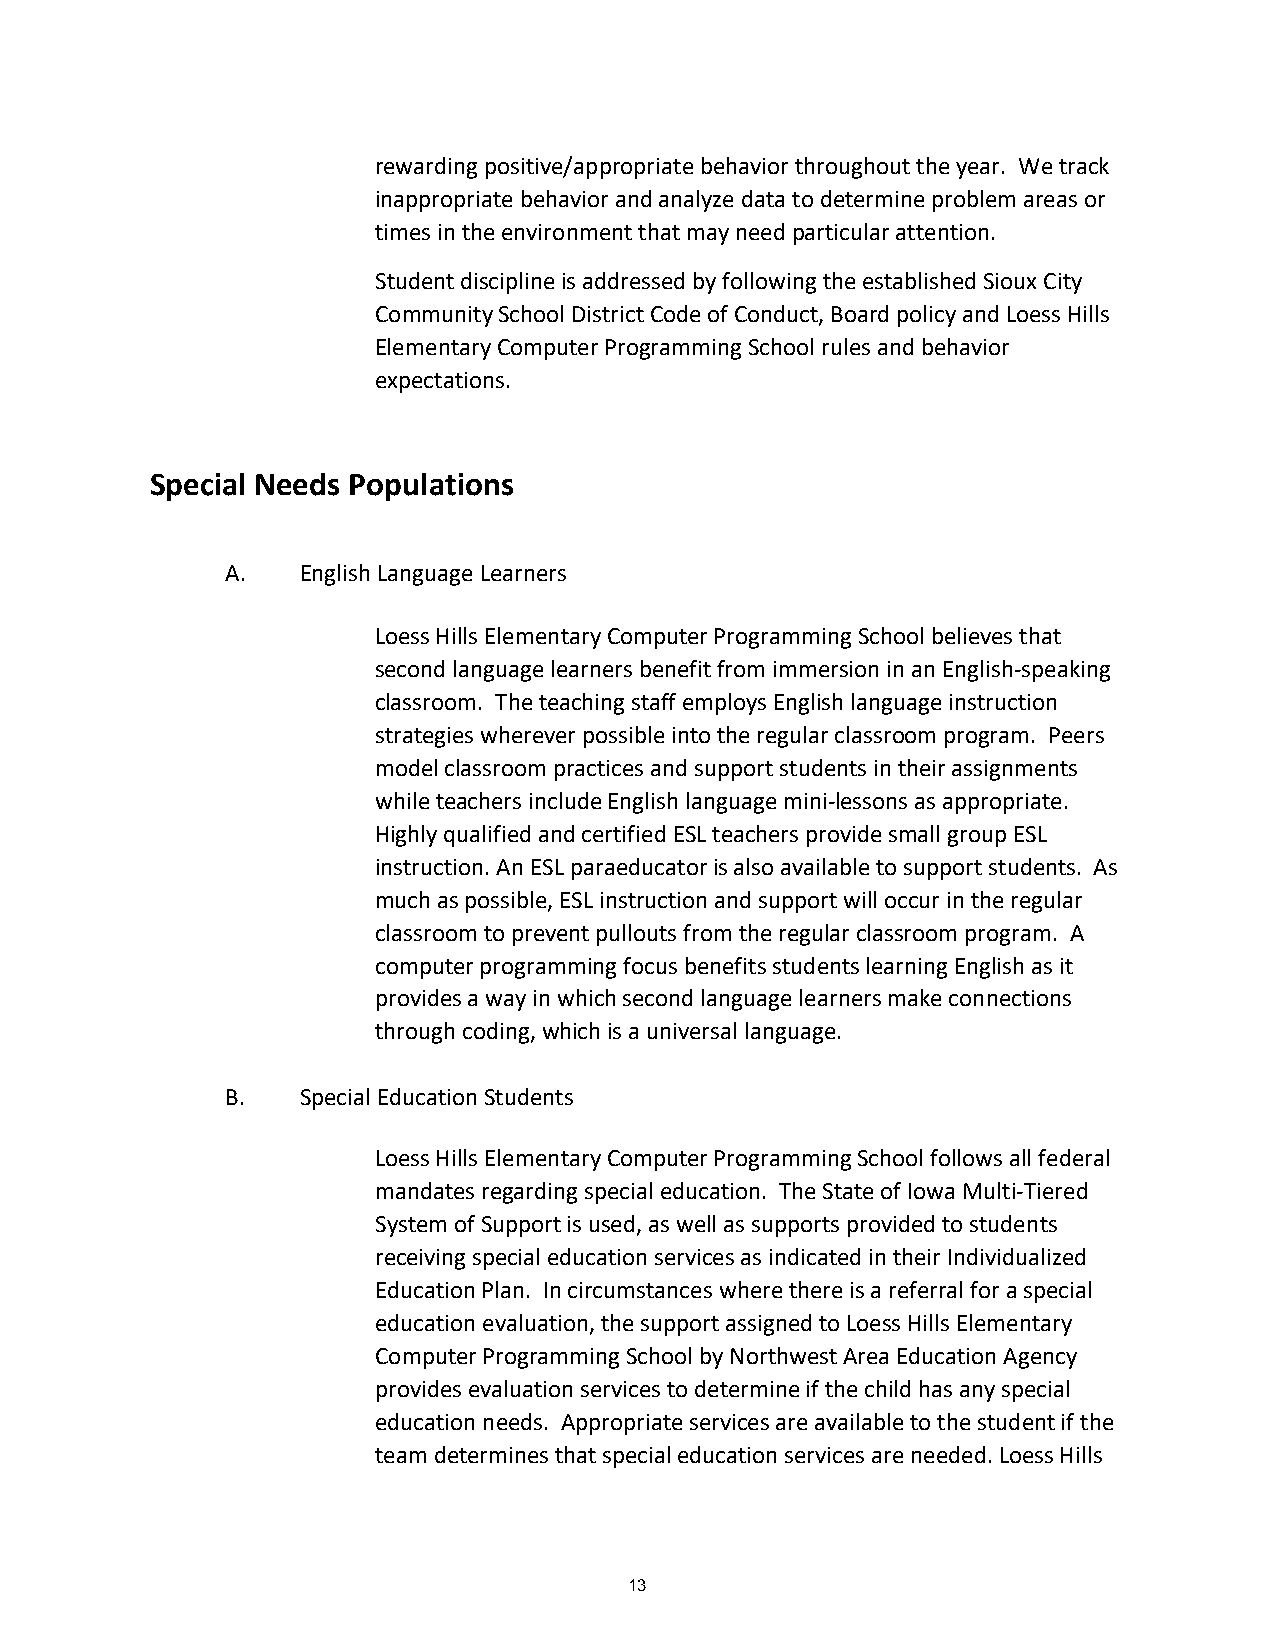
rewarding positive/appropriate behavior throughout the year. We track
 inappropriate behavior and analyze data to determine problem areas or
 times in the environment that may need particular attention.
 Student discipline is addressed by following the established Sioux City
 Community School District Code of Conduct, Board policy and Loess Hills
 Elementary Computer Programming School rules and behavior
 expectations.
 Special Needs Populations
 A.   English Language Learners
 Loess Hills Elementary Computer Programming School believes that
 second language learners benefit from immersion in an English-speaking
 classroom. The teaching staff employs English language instruction
 strategies wherever possible into the regular classroom program. Peers
 model classroom practices and support students in their assignments
 while teachers include English language mini-lessons as appropriate.
 Highly qualified and certified ESL teachers provide small group ESL
 instruction. An ESL paraeducator is also available to support students. As
 much as possible, ESL instruction and support will occur in the regular
 classroom to prevent pullouts from the regular classroom program. A
 computer programming focus benefits students learning English as it
 provides a way in which second language learners make connections
 through coding, which is a universal language.
 B.   Special Education Students
 Loess Hills Elementary Computer Programming School follows all federal
 mandates regarding special education. The State of Iowa Multi-Tiered
 System of Support is used, as well as supports provided to students
 receiving special education services as indicated in their Individualized
 Education Plan. In circumstances where there is a referral for a special
 education evaluation, the support assigned to Loess Hills Elementary
 Computer Programming School by Northwest Area Education Agency
 provides evaluation services to determine if the child has any special
 education needs. Appropriate services are available to the student if the
 team determines that special education services are needed. Loess Hills
 13